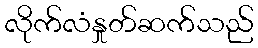
လိုက်လံနှုတ်ဆက်သည်